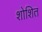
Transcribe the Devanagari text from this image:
शोशित